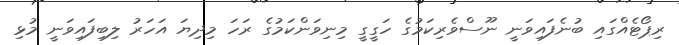
ރިޕޯޓެއްގައި ބުނެފައިވަނީ ނޫސްވެރިކަމުގެ ހަގީގީ މިނިވަންކަމުގެ ރަހަ މިދިޔަ އަހަރު ލިބިފައިވަނީ މުޅި